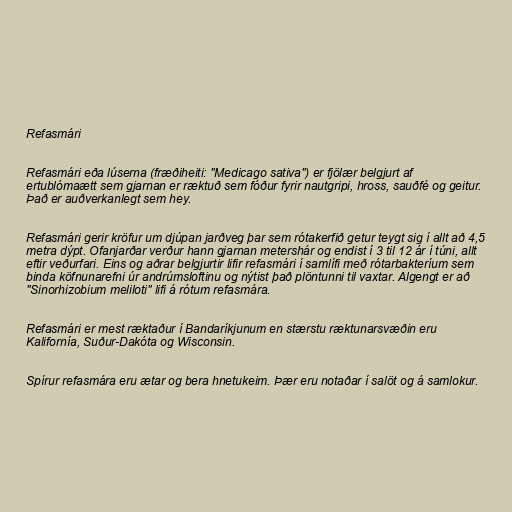
Refasmári

Refasmári eða lúserna (fræðiheiti: "Medicago sativa") er fjölær belgjurt af
ertublómaætt sem gjarnan er ræktuð sem fóður fyrir nautgripi, hross, sauðfé og geitur.
Það er auðverkanlegt sem hey.

Refasmári gerir kröfur um djúpan jarðveg þar sem rótakerfið getur teygt sig í allt að 4,5
metra dýpt. Ofanjarðar verður hann gjarnan metershár og endist í 3 til 12 ár í túni, allt
eftir veðurfari. Eins og aðrar belgjurtir lifir refasmári í samlífi með rótarbakteríum sem
binda köfnunarefni úr andrúmsloftinu og nýtist það plöntunni til vaxtar. Algengt er að
"Sinorhizobium meliloti" lifi á rótum refasmára.

Refasmári er mest ræktaður í Bandaríkjunum en stærstu ræktunarsvæðin eru
Kalifornía, Suður-Dakóta og Wisconsin.

Spírur refasmára eru ætar og bera hnetukeim. Þær eru notaðar í salöt og á samlokur.